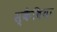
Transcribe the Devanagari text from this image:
स्कैबिया